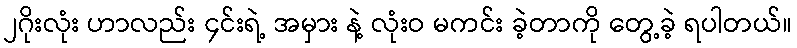
၂ဂိုးလုံး ဟာလည်း ၄င်းရဲ့ အမှား နဲ့ လုံးဝ မကင်း ခဲ့တာကို တွေ့ခဲ့ ရပါတယ်။